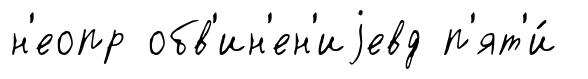
н'еопр обв'ин'ен'иjевд п'ят'и́